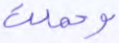
وحملت